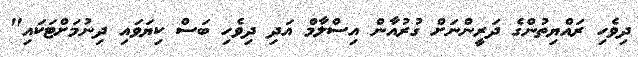
ދިވެހި ރައްޔިތުންގެ ދަރީންނަށް ގުރުއާން އިސްލާމް އަދި ދިވެހި ބަސް ކިޔަވައި ދިނުމަށްޓަކައި"